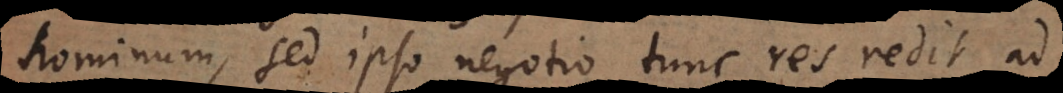
hominum, sed ipso negotio, tunc res redit ad